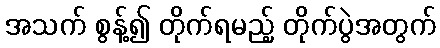
အသက် စွန့်၍ တိုက်ရမည့် တိုက်ပွဲအတွက်